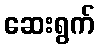
ဆေးရွက်